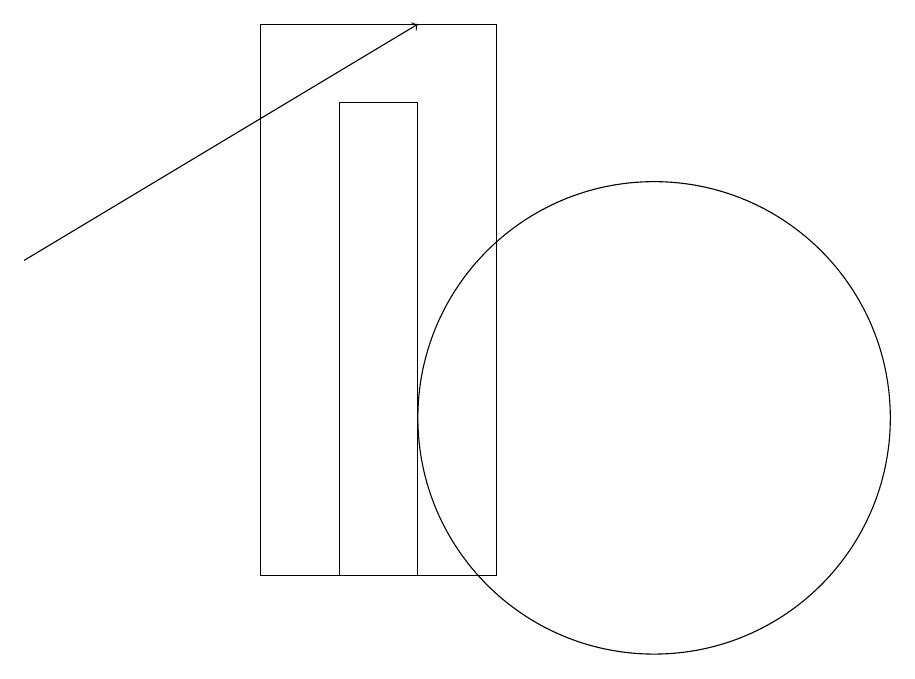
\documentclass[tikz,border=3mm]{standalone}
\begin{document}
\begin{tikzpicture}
\draw[->] (2,14) -- (7,17);
\draw (10,12) circle (3);
\draw (8,10) rectangle (5,17);
\draw (7,16) rectangle (6,10);
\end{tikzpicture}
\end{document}